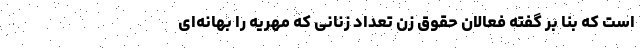
است که بنا بر گفته فعالان حقوق زن تعداد زنانی که مهریه را بهانه‌ای